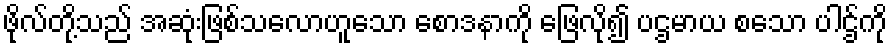
ဖိုလ်တို့သည် အဆုံးဖြစ်သလောဟူသော စောဒနာကို ဖြေလို၍ ပဌမာယ စသော ပါဌ်ကို